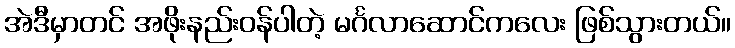
အဲဒီမှာတင် အဖိုးနည်းဝန်ပါတဲ့ မင်္ဂလာဆောင်ကလေး ဖြစ်သွားတယ်။